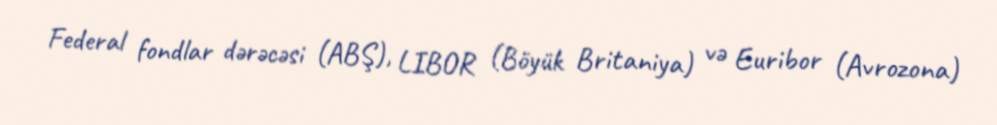
Federal fondlar dərəcəsi (ABŞ), LIBOR (Böyük Britaniya) və Euribor (Avrozona)